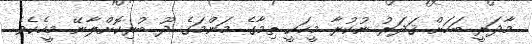
މާދަރީ ބަހަށް ޤަދަރު ނުކުރާ މީހަކީ ތިމާގެ މަންމަގެ ދޫ ބުރިކޮށްލާނޭ މީހެކެވެ.